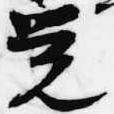
覚